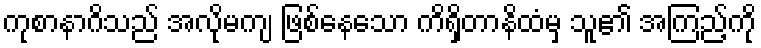
ကုစာနာဂိသည် အလိုမကျ ဖြစ်နေသော ကိရှိတာနိထံမှ သူ၏ အကြည့်ကို